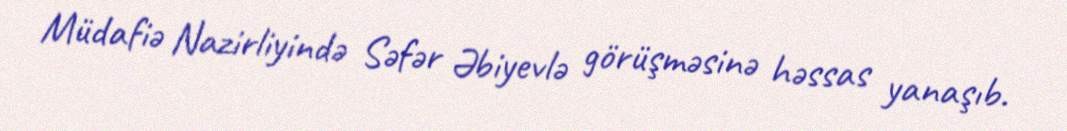
Müdafiə Nazirliyində Səfər Əbiyevlə görüşməsinə həssas yanaşıb.